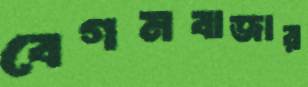
বেগমবাজার